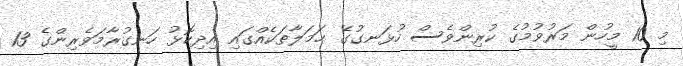
މި 10 މީހުން މަރުވުމުގެ ކުރިންވެސް ހުޅަނގުގެ ޙަމަލާތަކެއްގައި އިދިކޮޅު ހަނގުރާމަވެރިންގެ 13